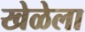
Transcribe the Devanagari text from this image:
खेळेला